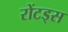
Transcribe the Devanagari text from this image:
रोंटड्स